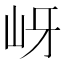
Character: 岈